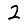
Digit: 2